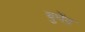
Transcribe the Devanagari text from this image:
बुधेंद्र